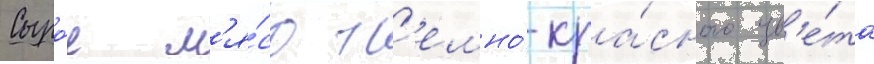
Сыро́е м'я́со т'емно́-кра́сного цв'е́та